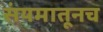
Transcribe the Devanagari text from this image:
संयमातूनच